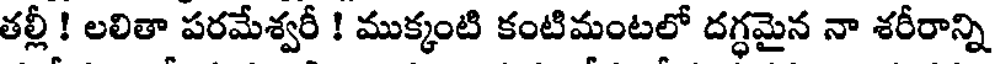
తల్లీ ! లలితా పరమేశ్వరీ ! ముక్కంటి కంటిమంటలో దగ్ధమైన నా శరీరాన్ని